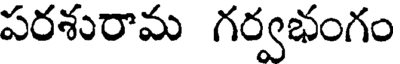
పరశురామ గర్వభంగం